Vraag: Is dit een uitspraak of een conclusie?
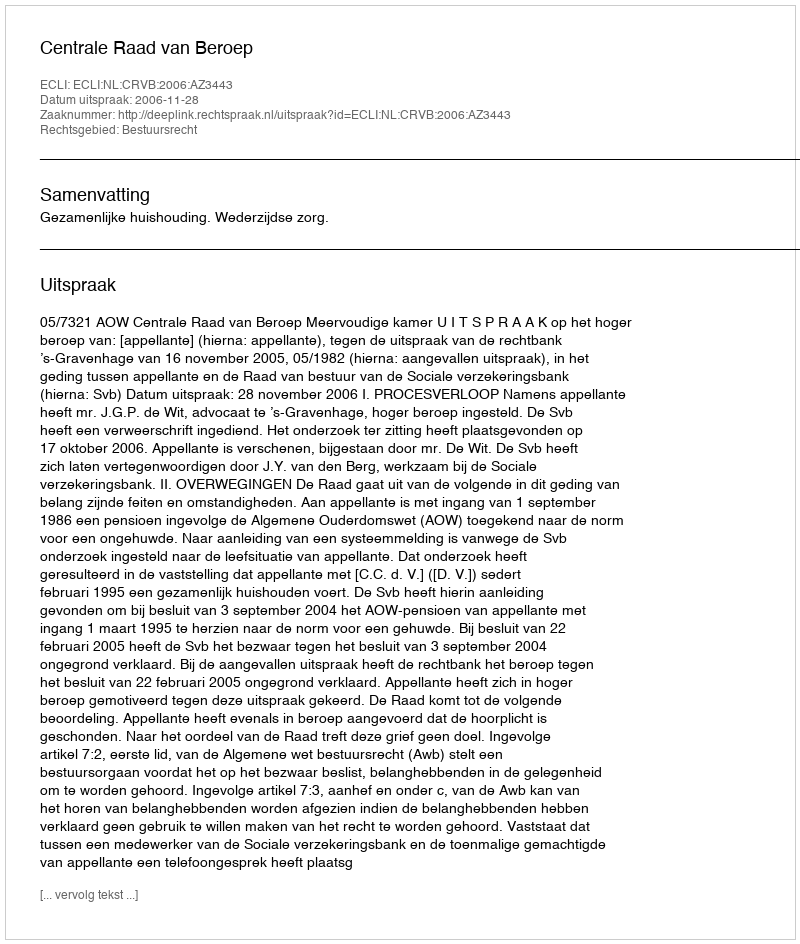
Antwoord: Uitspraak